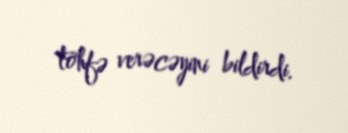
töhfə verəcəyini bildirdi.